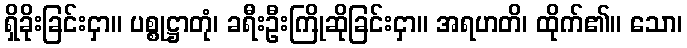
ရှိခိုးခြင်းငှာ။ ပစ္စုဋ္ဌာတုံ၊ ခရီးဦးကြိုဆိုခြင်းငှာ။ အရဟတိ၊ ထိုက်၏။ သော၊